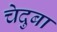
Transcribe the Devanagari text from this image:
चेदुबा